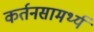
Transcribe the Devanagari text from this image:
कर्तनसामर्थ्य